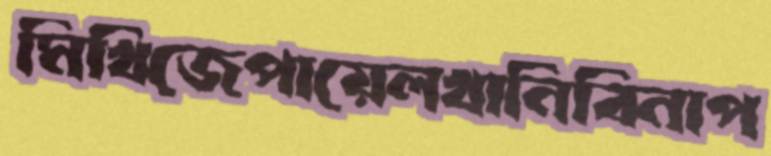
মিখিজেপায়েলখানিবিনাপ